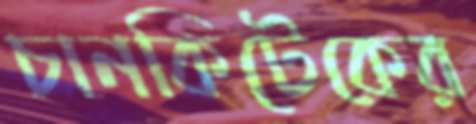
চানকিটেকের